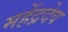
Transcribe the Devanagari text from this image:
महेंद्रदेव